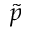
\tilde { p }